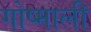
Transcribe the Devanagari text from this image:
गोष्माली